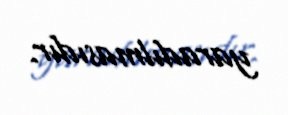
yaradılmasıdır.